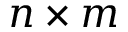
n \times m